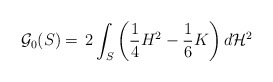
\begin{align*}\mathcal G_{0}(S) =\, 2\int_{S} \bigg(\frac{1}{4}H^2-\frac{1}{6}K\bigg)\, d\mathcal H^2\end{align*}